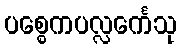
ပစ္စေကပလ္လင်္ကေသု